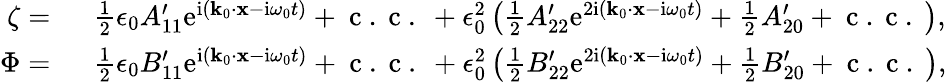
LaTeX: \begin{array}{rl}{\zeta=~}&{{}\frac{1}{2}\epsilon_{0}A_{11}^{\prime}\mathrm{e}^{\mathrm{i}(\mathbf{k}_{0}\cdot\mathbf{x}-\mathrm{i}\omega_{0}t)}+\mathrm{~c~.~c~.~}+\epsilon_{0}^{2}\left(\frac{1}{2}A_{22}^{\prime}\mathrm{e}^{2\mathrm{i}(\mathbf{k}_{0}\cdot\mathbf{x}-\mathrm{i}\omega_{0}t)}+\frac{1}{2}A_{20}^{\prime}+\mathrm{~c~.~c~.~}\right),}\\ {\Phi=~}&{{}\frac{1}{2}\epsilon_{0}B_{11}^{\prime}\mathrm{e}^{\mathrm{i}(\mathbf{k}_{0}\cdot\mathbf{x}-\mathrm{i}\omega_{0}t)}+\mathrm{~c~.~c~.~}+\epsilon_{0}^{2}\left(\frac{1}{2}B_{22}^{\prime}\mathrm{e}^{2\mathrm{i}(\mathbf{k}_{0}\cdot\mathbf{x}-\mathrm{i}\omega_{0}t)}+\frac{1}{2}B_{20}^{\prime}+\mathrm{~c~.~c~.~}\right),}\end{array}